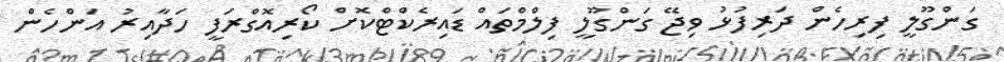
ގަންގޫލީ ފިރިހެން ދަރިފުޅު ވިޖޭ ގަންގޫލީ ފިލްމްތައް ޑައިރެކްޓްކޮށް ކޯރިއޮގްރަފީ ހަދާއިރު އަންހެން